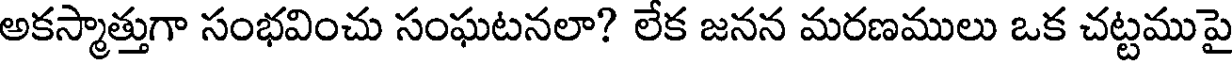
అకస్మాత్తుగా సంభవించు సంఘటనలా? లేక జనన మరణములు ఒక చట్టముపై